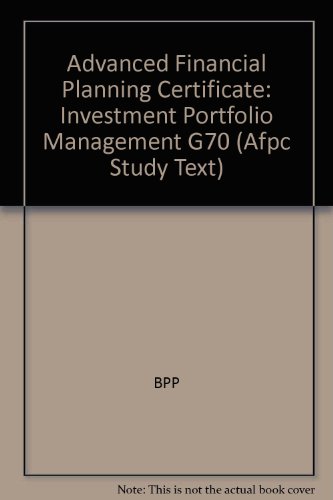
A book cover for Advanced Financial Planning Certificate: Investment Portfolio Management G70; BPP; Business & Money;